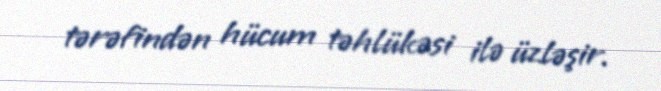
tərəfindən hücum təhlükəsi ilə üzləşir.